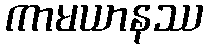
ကာမယာနဿ